Sanitation, dispensaries and jails vaccination Rajputana 1922-1927 - 1922-1927
Year: 1922
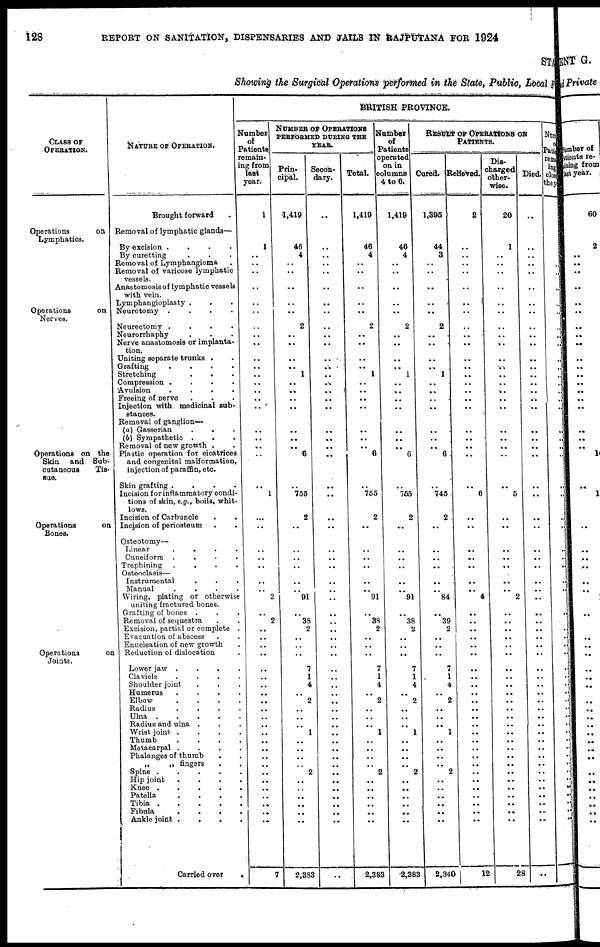
128
REPORT ON SANITATION, DISPENSARIES AND JAILS IN RAJPUTANA FOR 1924
STATE
Showing the Surgical Operations performed in the State, Public, Local F
CLASS OF
OPERATION.
Operations
on
Lymphatics.
Operations
on
Nerves.
Operations on the
Skin and Sub-
cutaneous
Tis¬
sue.
Operations
on
Bones.
Operations
on
Joints.
NATURE OF OPERATION.
Brought forward .
Removal of lymphatic glands—
By excision .
.
.
.
By curetting . . .
Removal of Lymphangioma .
Removal of varicose lymphatic
vessels.
Anastomosis of lymphatic vessels
with vein.
Lymphangioplasty . . .
Neurotomy .
.
.
.
Neurectomy .
.
.
.
Neurorrhaphy . . .
Nerve anastomosis or implanta-
tion.
Uniting separate trunks . .
Grafting
.
.
.
.
Stretching . . .
Compression . . . .
Avulsion
.
.
.
.
Freeing of nerve . . .
Injection with medicinal sub-
stances.
Removal of ganglion—
(a) Gasserian . . .
(b) Sympathetic . . .
Removal of new growth . .
Plastic operation for oicatrices
and congenital malformation,
injection of paraffin, etc.
Skin grafting .
.
.
.
Incision for inflammatory condi-
tions of skin, e.g., boils, whit-
lows.
Incision of Carbuncle . .
Incision of periosteum . .
Osteotomy—
Linear
.
.
.
.
Cuneiform .
.
.
.
Trephining
.
.
.
.
Osteoclasis—
Instrumental
.
. .
Manual
.
.
.
.
Wiring, plating or otherwise
uniting fractured bones.
Grafting of bones . . .
Removal of sequestra . .
Excision, partial or complete .
Evacuation of abscess . .
Enucleation of new growth .
Reduction of dislocation .
Lower jaw .
.
.
.
Clavicle
.
.
.
.
Shoulder joint . . .
Humerus
.
.
.
.
Elbow
.
.
.
.
Radius
.
.
.
.
Ulna .
.
.
.
.
Radius and ulna . . .
Wrist joint .
.
.
.
Thumb
.
.
.
.
Metacarpal .
.
.
.
Phalanges of thumb . .
„
„ fingers . .
Spine .
.
.
.
.
Hip joint
.
.
.
.
Knee .
.
.
.
.
Patella
. . . .
Tibia .
.
.
.
.
Fibula
. . . .
Ankle joint .
.
.
.
Carried over
.
BRITISH PROVINCE.
Number
of
Patients
remain¬
ing from
last
year.
1
1
..
..
..
..
..
..
..
..
..
..
..
..
..
..
..
..
..
..
..
..
..
1
...
..
..
..
..
..
..
2
..
.. 2
..
..
..
..
..
..
..
..
..
..
..
..
..
..
..
..
..
..
..
..
..
..
..
..
7
NUMBER OF OPERATIONS
PERFORMED DURING THE
YEAR.
Prin-
cipal.
1,419
46
4
..
..
..
..
..
2
..
..
..
..
1
..
..
..
..
..
..
..
6
..
755
2
..
..
..
..
..
..
91
..
..
38
2
..
..
..
7
1
4
..
2
..
..
..
1
..
..
..
..
2
..
..
..
..
..
..
2,383
Secon-
dary.
..
..
..
..
..
..
..
..
..
..
..
..
..
..
..
..
..
..
..
..
..
..
..
..
..
..
..
..
..
..
..
..
..
..
..
..
..
..
..
..
..
..
..
..
..
..
..
..
..
..
..
..
..
..
..
..
..
..
..
..
Total.
1,419
46
4
..
..
..
..
..
2
..
..
..
..
1
..
..
..
..
..
..
..
6
..
755
2
..
..
..
..
..
..
91
..
..
38
2
..
..
..
7
1
4
..
2
..
..
..
1
..
..
..
..
2
..
..
..
..
..
..
2,383
Number
of
Patients
operated
on in
columns
4 to 6.
1,419
46
4
..
..
..
..
..
2
..
..
..
..
1
..
..
..
..
..
..
..
6
..
755
2
..
..
..
..
..
..
91
..
..
38
2
..
..
..
7
1
4
..
2
..
..
..
1
..
..
..
..
2
..
..
..
..
..
..
2,383
RESULT OF OPERATIONS ON
PATIENTS.
Cured.
1,395
44
3
..
..
..
..
..
2
..
..
..
..
1
..
..
..
..
..
..
..
6
..
745
2
..
..
..
..
..
..
84
..
..
39
2
..
..
..
7
1
4
..
2
..
..
..
1
..
..
..
..
2
..
..
..
..
..
..
2,340
Relieved.
2
..
..
..
..
..
..
..
..
..
..
..
..
..
..
..
..
..
..
..
..
..
..
6
..
..
..
..
..
..
..
4
..
..
..
..
..
..
..
..
..
..
..
..
..
..
..
..
..
..
..
..
..
..
..
..
..
..
..
12
Dis-
charged
other-
wise.
20
1
..
..
..
..
..
..
..
..
..
..
..
..
..
..
..
..
..
..
..
..
..
5
..
..
..
..
..
..
..
2
..
..
..
..
..
..
..
..
..
..
..
..
..
..
..
..
..
..
..
..
..
..
..
..
..
..
..
28
Died.
..
..
..
..
..
..
..
..
..
..
..
..
..
..
..
..
..
..
..
..
..
..
..
..
..
..
..
..
..
..
..
..
..
..
..
..
..
..
..
..
..
..
..
..
..
..
..
..
..
..
..
..
..
..
..
..
..
..
..
..
Num
o
Patie
rem
ing
clos
they
..
..
..
..
..
..
..
..
..
..
..
..
..
..
..
..
..
..
..
..
..
..
..
..
..
..
..
..
..
..
..
..
..
..
..
..
..
..
..
..
..
..
..
..
..
..
..
..
..
..
..
..
..
..
..
..
..
..
..
..
..
..